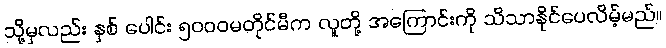
သို့မှလည်း နှစ် ပေါင်း ၅၀၀၀မတိုင်မီက လူတို့ အကြောင်းကို သိသာနိုင်ပေလိမ့်မည်။